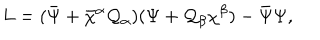
L = ( { \bar { \Psi } } + { \bar { \chi } } { } ^ { \alpha } { \cal Q } _ { \alpha } ) ( \Psi + { \cal Q } _ { \beta } \chi ^ { \beta } ) - { \bar { \Psi } } \Psi ,